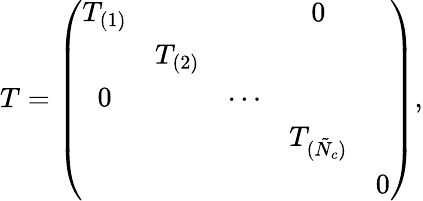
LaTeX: T=\left(\begin{array}{ccccc}{{T_{(1)}}}&{{}}&{{}}&{{0}}&{{}}\\ {{}}&{{T_{(2)}}}&{{}}&{{}}&{{}}\\ {{0}}&{{}}&{{\cdots}}&{{}}&{{}}\\ {{}}&{{}}&{{}}&{{T_{(\tilde{N}_{c})}}}&{{}}\\ {{}}&{{}}&{{}}&{{}}&{{0}}\end{array}\right),